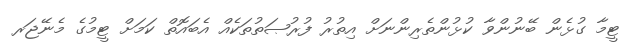
ޓީމާ ގުޅެން ބޭނުންވާ ކުޅުންތެރިންނަށް އިތުރު ފުރުޞަތުތަކެއް އެބައޮތް ކަމަށް ޓީމުގެ މެނޭޖަރ